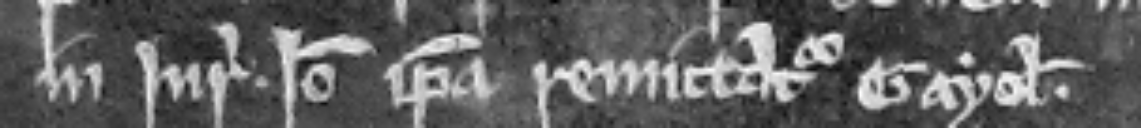
in juratam. Ideo ipsa remittatur gayolam.